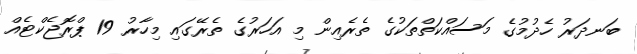
ބަނދަރު ހެދުމުގެ މަސައްކަތްތަކުގެ ތެރެއިން މި އަހަރުގެ ތެރޭގައި މިހާރު 19 ޕްރޮޖެކްޓެއް